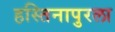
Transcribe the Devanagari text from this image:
हस्तिनापुरला